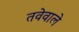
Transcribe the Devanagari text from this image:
तवेवाले